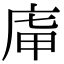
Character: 𢈤